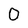
Character: 0